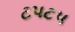
ટપટપ